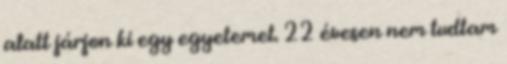
alatt járjon ki egy egyetemet. 22 évesen nem tudtam